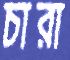
চারা